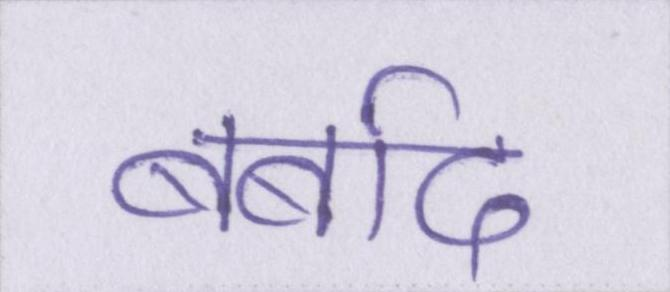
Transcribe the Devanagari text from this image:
बर्बाद